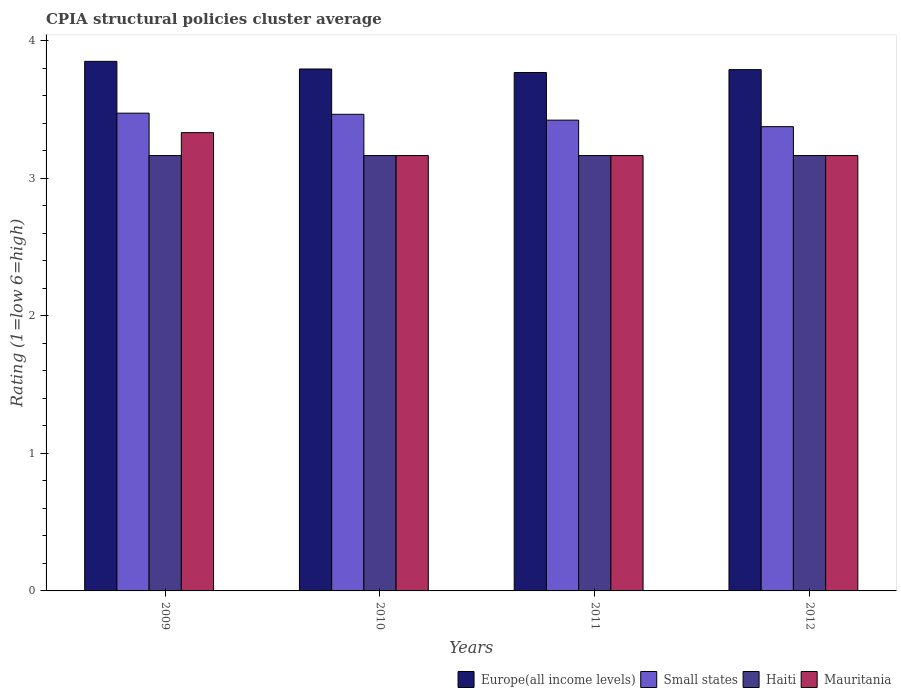
| Years | Europe(all income levels) | Small states | Haiti | Mauritania |
 | --- | --- | --- | --- | --- |
 | 2009 | 3.85 | 3.48 | 3.17 | 3.33 |
 | 2010 | 3.8 | 3.47 | 3.17 | 3.17 |
 | 2011 | 3.77 | 3.42 | 3.17 | 3.17 |
 | 2012 | 3.79 | 3.38 | 3.17 | 3.17 |